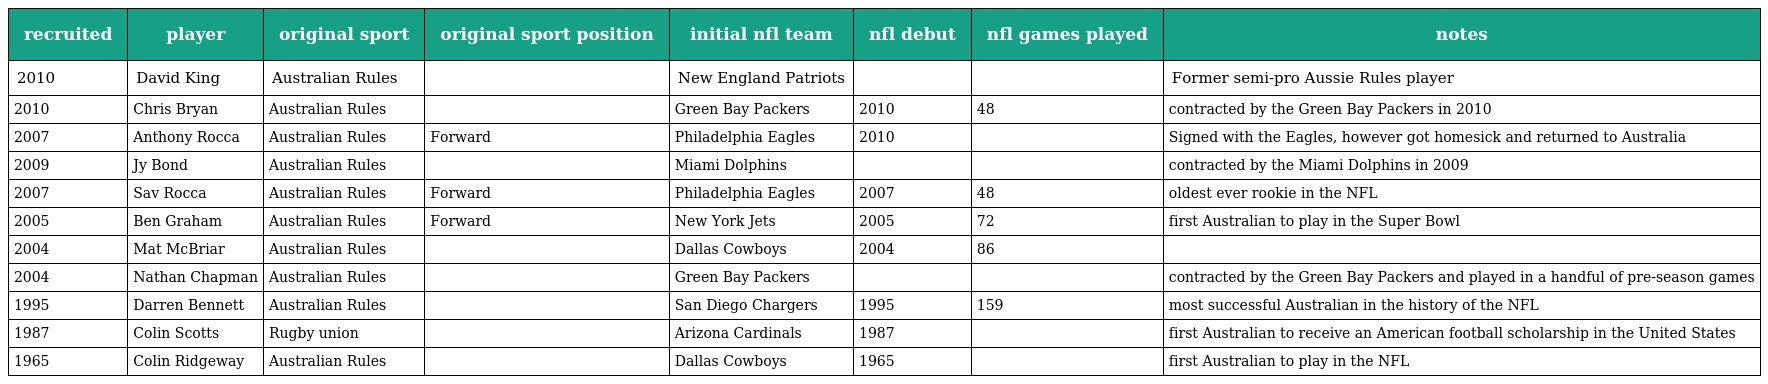
| recruited | player | original sport | original sport position | initial nfl team | nfl debut | nfl games played | notes |
 | --- | --- | --- | --- | --- | --- | --- | --- |
 | 2010 | David King | Australian Rules |  | New England Patriots |  |  | Former semi-pro Aussie Rules player |
 | 2010 | Chris Bryan | Australian Rules |  | Green Bay Packers | 2010 | 48 | contracted by the Green Bay Packers in 2010 |
 | 2007 | Anthony Rocca | Australian Rules | Forward | Philadelphia Eagles | 2010 |  | Signed with the Eagles, however got homesick and returned to Australia |
 | 2009 | Jy Bond | Australian Rules |  | Miami Dolphins |  |  | contracted by the Miami Dolphins in 2009 |
 | 2007 | Sav Rocca | Australian Rules | Forward | Philadelphia Eagles | 2007 | 48 | oldest ever rookie in the NFL |
 | 2005 | Ben Graham | Australian Rules | Forward | New York Jets | 2005 | 72 | first Australian to play in the Super Bowl |
 | 2004 | Mat McBriar | Australian Rules |  | Dallas Cowboys | 2004 | 86 |  |
 | 2004 | Nathan Chapman | Australian Rules |  | Green Bay Packers |  |  | contracted by the Green Bay Packers and played in a handful of pre-season games |
 | 1995 | Darren Bennett | Australian Rules |  | San Diego Chargers | 1995 | 159 | most successful Australian in the history of the NFL |
 | 1987 | Colin Scotts | Rugby union |  | Arizona Cardinals | 1987 |  | first Australian to receive an American football scholarship in the United States |
 | 1965 | Colin Ridgeway | Australian Rules |  | Dallas Cowboys | 1965 |  | first Australian to play in the NFL |